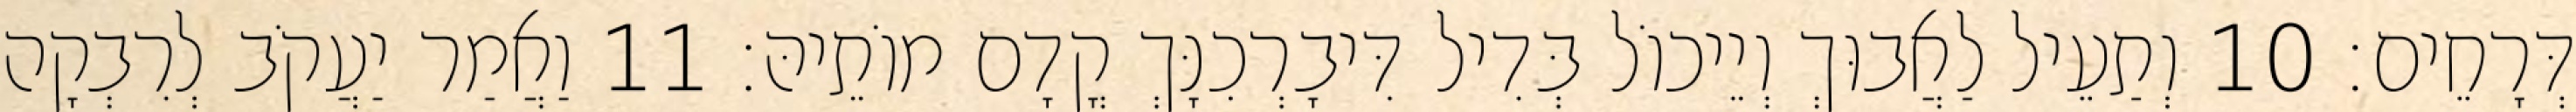
דְּרָחֵים׃ 10 וְתַעֵיל לַאֲבוּךְ וְיֵיכוֹל בְּדִיל דִּיבָרְכִנָּךְ קֳדָם מוֹתֵיהּ׃ 11 וַאֲמַר יַעֲקֹב לְרִבְקָה